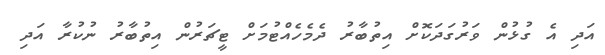
އަދި އެ ގުޅުން ވަރުގަދަކޮށް އިތުބާރު ދެމެހެއްޓުމަށް ޓީޗަރުން އިތުބާރު ނުކުރާ އަދި